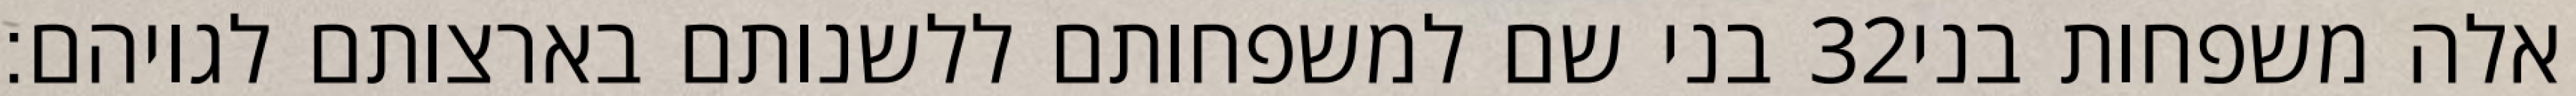
בני שם למשפחותם ללשנותם בארצותם לגויהם׃ ‎32‏ אלה משפחות בני